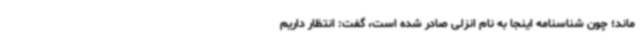
ماند؛ چون شناسنامه اینجا به نام انزلی صادر شده است، گفت: انتظار داریم